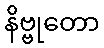
နိဗ္ဗုတော